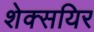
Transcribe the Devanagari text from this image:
शेक्सयिर